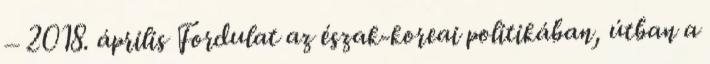
– 2018. április Fordulat az észak-koreai politikában, útban a